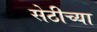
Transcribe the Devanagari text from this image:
सेठीच्या